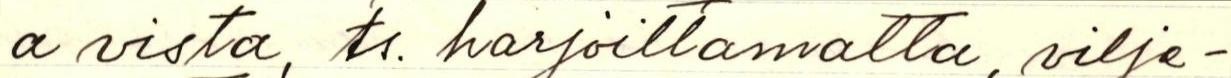
a vista, ts. harjoittelematta, vilje-